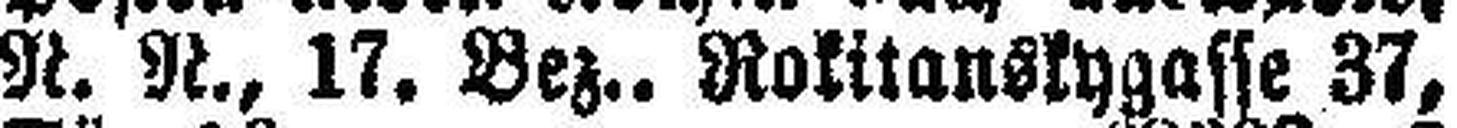
N. N., 17. Bez., Rokitanskygasse 37,